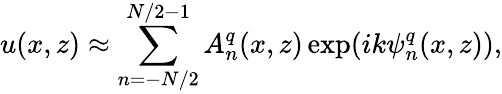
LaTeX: u(x,z)\approx\sum_{n=-N/2}^{N/2-1}A_{n}^{q}(x,z)\exp(ik\psi_{n}^{q}(x,z)),